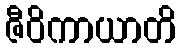
ဇီဝိကာယာတိ